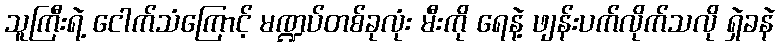
သူကြီးရဲ့ ငေါက်သံကြောင့် မဏ္ဍပ်တစ်ခုလုံး မီးကို ရေနဲ့ ဖျန်းပက်လိုက်သလို ရှဲခနဲ